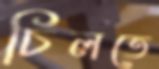
চিলতে